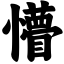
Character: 懵